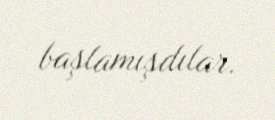
başlamışdılar.